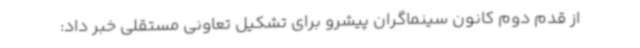
از قدم دوم کانون سینماگران پیشرو برای تشکیل تعاونی مستقلی خبر داد: